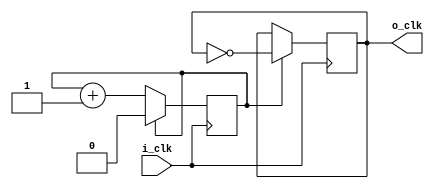
module clkdiv #( 
  parameter c_div = 4 // needs to be even and >= 4
)(
  input i_clk,
  output o_clk
);

  localparam c_div_2 = c_div / 2;
  localparam c_div_2_1 = c_div_2 - 1;
  localparam c_width = $clog2(c_div_2);
  reg [c_width-1:0] r_count = 0;
  reg r_clk = 0;

  always @(posedge i_clk) begin
    if (r_count == c_div_2_1[c_width-1:0]) begin
      r_count <= 0;
      r_clk <= ~r_clk;
    end else begin
      r_count <= r_count + 1;
    end
  end

  assign o_clk = r_clk;

endmodule